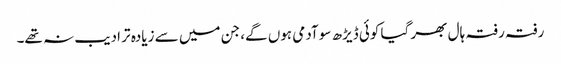
رفتہ رفتہ ہال بھر گیا کوئی ڈیڑھ سو آدمی ہوں گے، جن میں سے زیادہ تر ادیب نہ تھے۔